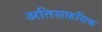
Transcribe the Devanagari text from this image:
अतिसाहसिक